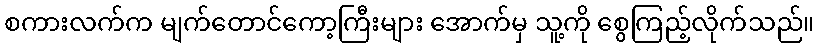
စကားလက်က မျက်တောင်ကော့ကြီးများ အောက်မှ သူ့ကို စွေကြည့်လိုက်သည်။